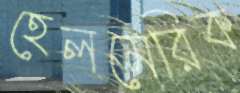
হেলমেরিক